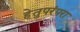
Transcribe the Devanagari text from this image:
हेतुपरंपरा